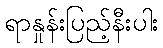
ရာနှုန်းပြည့်နီးပါး